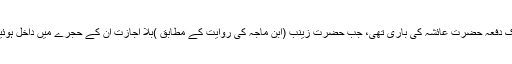
ایک دفعہ حضرت عائشہ کی باری تھی، جب حضرت زینب (ابن ماجہ کی روایت کے مطابق )بلا اجازت ان کے حجرے میں داخل ہوئیں۔